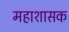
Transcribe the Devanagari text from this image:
महाशासक